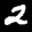
Label: 2